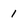
Character: 1